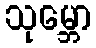
သုမ္ဘော